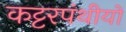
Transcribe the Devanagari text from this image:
कट्टरपंथीयों